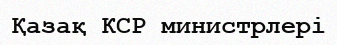
Қазақ КСР министрлері